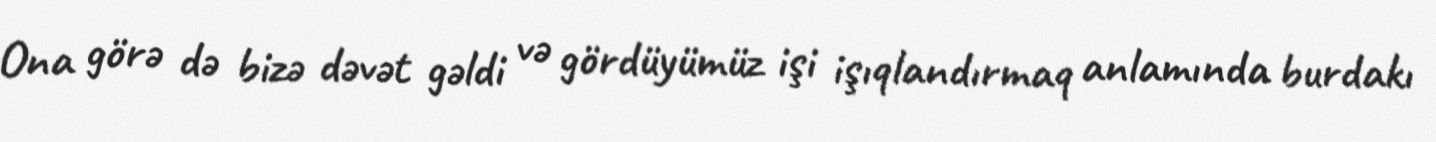
Ona görə də bizə dəvət gəldi və gördüyümüz işi işıqlandırmaq anlamında burdakı